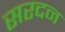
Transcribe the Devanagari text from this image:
सरदन